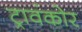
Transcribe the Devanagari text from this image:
ट्रावंकोर